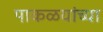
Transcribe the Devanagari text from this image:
पाकळयांच्या